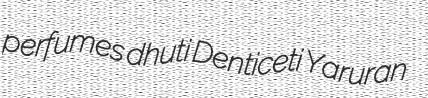
perfumes dhuti Denticeti Yaruran